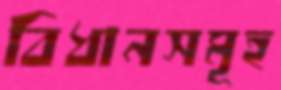
বিধানসমূহ